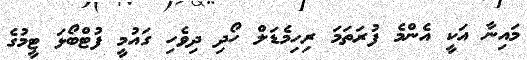
މައިނާ އަކީ އެންމެ ފުރަތަމަ ރިހިމެޑަލް ހޯދި ދިވެހި ގައުމީ ފުޓްބޯޅަ ޓީމުގެ